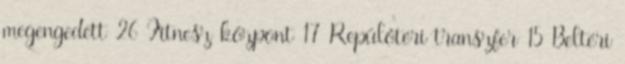
megengedett 26 Fitnesz központ 17 Repülőtéri transzfer 15 Beltéri